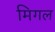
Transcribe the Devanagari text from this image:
मिगल